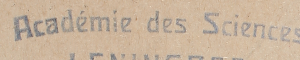
Académie des Sciences